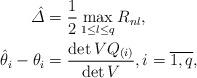
LaTeX: \begin{align*} \hat{\varDelta} &= \frac{1}{2} \max_{1\leq l \leq q}R_{nl},\\ \hat{\theta}_i -\theta_i &= \frac{\det VQ_{(i)}}{\det V} , i= \overline{1,q},\end{align*}